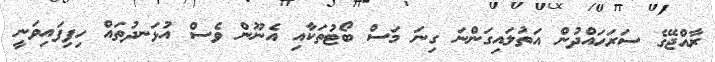
ރާއްޖޭގެ ސަރަހައްދުން އަތުލައިގަންނަ ގިނަ މަސް ބޯޓުތަކާއި އެނޫން ވެސް އުޅަނދުތައް ހިފިފައިވަނީ